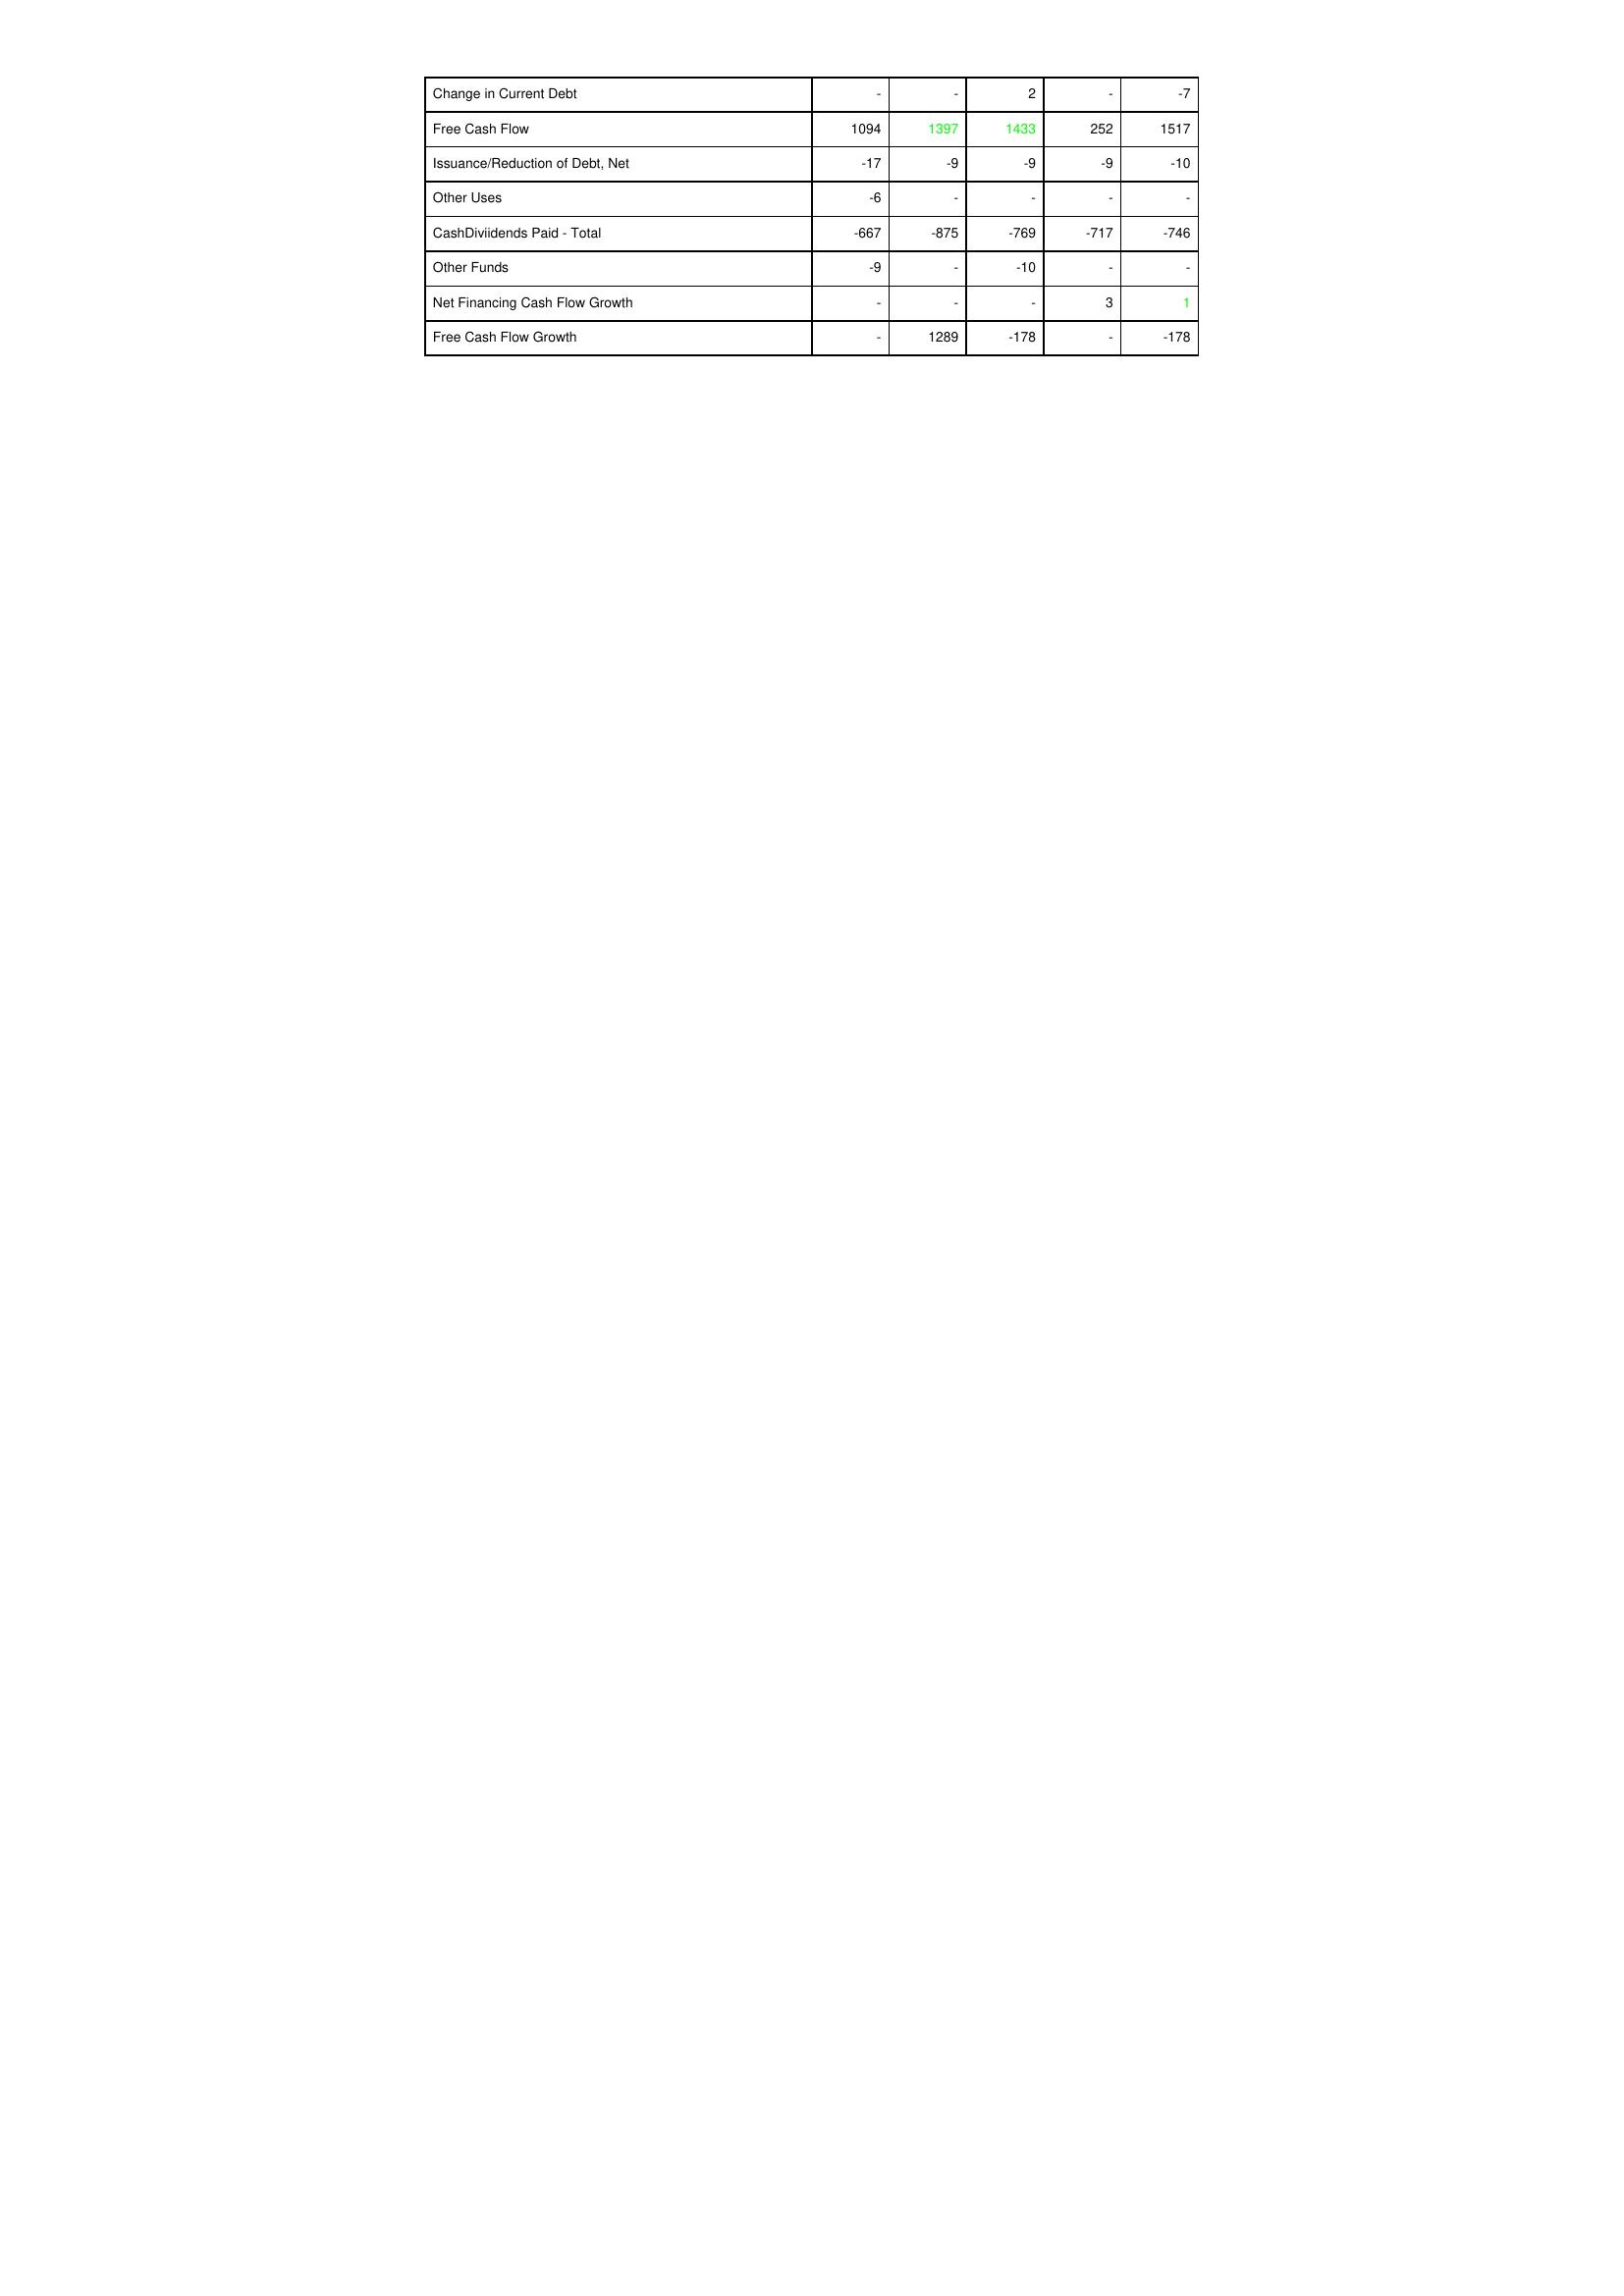
gt_parse: 2020: Financing Activities: Change in Current Debt: -
Free Cash Flow: 1094
Issuance/Reduction of Debt, Net: -17
Other Uses: -6
CashDiviidends Paid - Total: -667
Other Funds: -9
Net Financing Cash Flow Growth: -
Free Cash Flow Growth: -
2021: Financing Activities: Change in Current Debt: -
Free Cash Flow: 1397
Issuance/Reduction of Debt, Net: -9
Other Uses: -
CashDiviidends Paid - Total: -875
Other Funds: -
Net Financing Cash Flow Growth: -
Free Cash Flow Growth: 1289
2022: Financing Activities: Change in Current Debt: 2
Free Cash Flow: 1433
Issuance/Reduction of Debt, Net: -9
Other Uses: -
CashDiviidends Paid - Total: -769
Other Funds: -10
Net Financing Cash Flow Growth: -
Free Cash Flow Growth: -178
2023: Financing Activities: Change in Current Debt: -
Free Cash Flow: 252
Issuance/Reduction of Debt, Net: -9
Other Uses: -
CashDiviidends Paid - Total: -717
Other Funds: -
Net Financing Cash Flow Growth: 3
Free Cash Flow Growth: -
2024: Financing Activities: Change in Current Debt: -7
Free Cash Flow: 1517
Issuance/Reduction of Debt, Net: -10
Other Uses: -
CashDiviidends Paid - Total: -746
Other Funds: -
Net Financing Cash Flow Growth: 1
Free Cash Flow Growth: -178